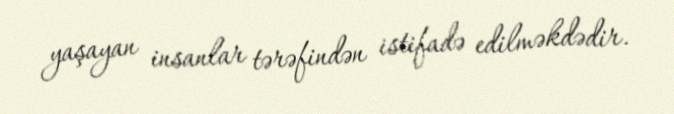
yaşayan insanlar tərəfindən istifadə edilməkdədir.